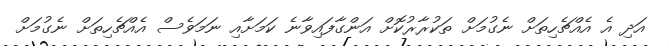
އަދި އެ އެއްޗެހިތަށް ނެގުމަށް ތަކުރާރުކޮށް އަންގާފައިވާނެ ކަމަށާއި ނަމަވެސް އެއްޗެހިތަށް ނެގުމަށް